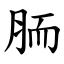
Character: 胹